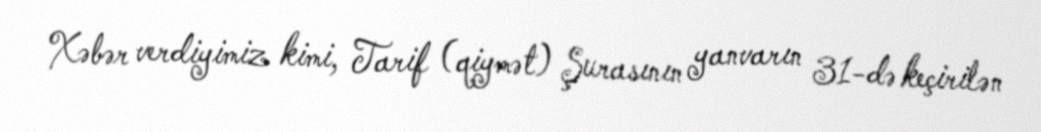
Xəbər verdiyimiz kimi, Tarif (qiymət) Şurasının yanvarın 31-də keçirilən